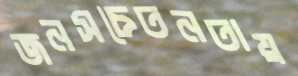
জনসচেতনতায়